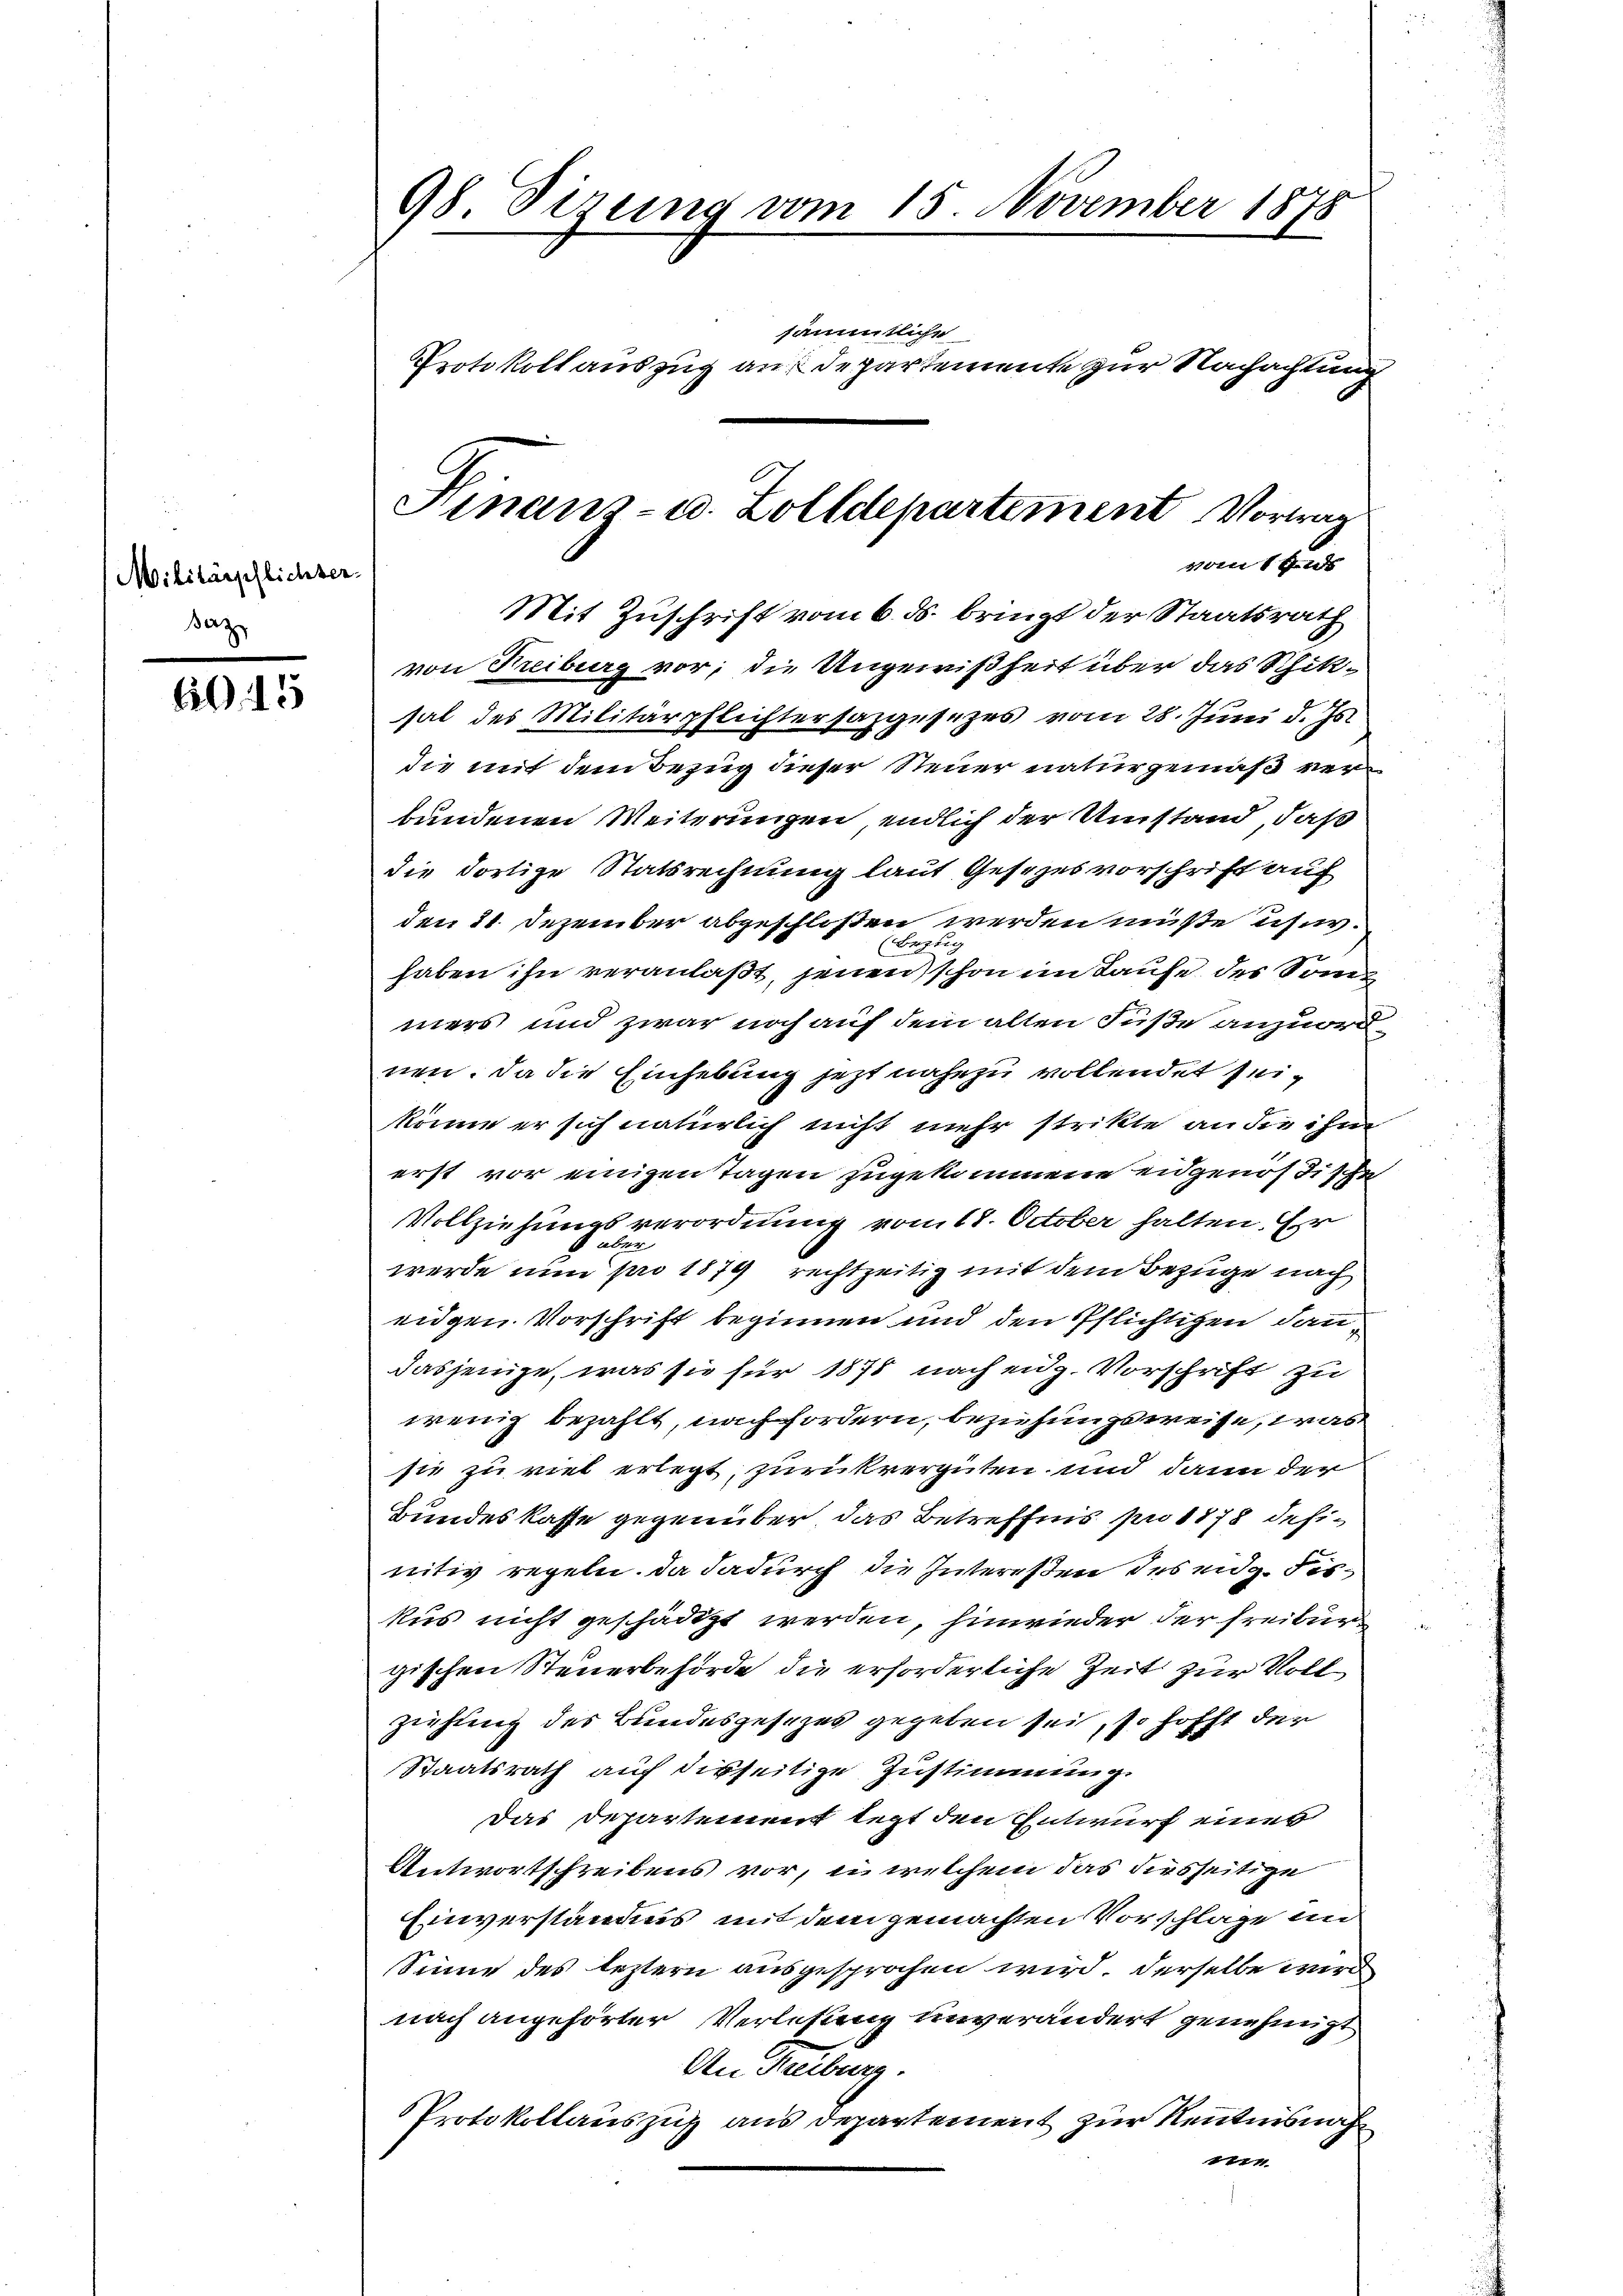
Militärpflichter.
Bez

A 15

98 Dizung vom 15. November 1878
sämmtliche
Protokoll auszug auf Departemente zur Nachachtung

Mit Zuschrift vom 6. ds. bringt der Staatsrath
von Freiburg vor; die Ungewißheit über das Schiksal des Militärpflichtersazgesezes vom 28. Juni d. Js.
die mit dem Bezug dieser Steuer naturgemäß verbundenen Weiterungen, endlich der Umstand, daß
die dortige Statsrechnung laut Gesezesvorschrift auf
den 21. Dezember abgeschloßen werden müße ich er¬
(Bezi
haben ihn veranlaßt, jenen schon im Kaufe des Sommers und zwar noch auf dem alten Füße anzuordnen. Da die Einhebung jetzt nahezu vollendet seikönne er sich natürlich nicht mehr strikte an die ihm
erst vor einigen Tagen zugekommene eidgenos Tische
Vollziehungsverordnung vom 18. October halten. Er
über
werde nun pro 1879 rechtzeitig mit dem Bezüge nach
eidgen. Vorschrift beginnen und den Pflichtigen dandasjenige, was sie für 1878 nach eidg. Vorschrift zu
wenig bezahlt, nach fordern, beziehungsweise, was
sie zu viel erlegt, zurückvergüten und dann der
Bundeskasse gegenüber das Betreffnis pro 1878 definitiv regeln, da dadurch die Interessen des eidg. Fiskus nicht geschädigt werden, hinwieder der Freibur
gischen Steuerbehörde die erforderliche Zeit zur Voll
ziehung des Bundesgesezes gegeben sei, so hofft der
Staatsrath auf dieseitige Zustimmung.
Das Departement legt den Entwurf eines
Antwortschreibens vor, in welchem das diesseitige
Einverständis mit dem gemachten Vorschläge un
Sinne des leztern ausgesprochen wird. Derselbe wird
nach angehörter Verlesung unverändert genehmigt
An Reiburg.
Protokollauszug aus departement zur Kenntnisnah
1111

Finanz- u. Zolldepartement Vortrag
sein sind